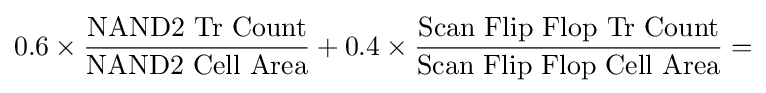
{\rm {0.6\times {\frac {NAND2\ Tr\ Count}{NAND2\ Cell\ Area}}+0.4\times {\frac {Scan\ Flip\ Flop\ Tr\ Count}{Scan\ Flip\ Flop\ Cell\ Area}}=}}